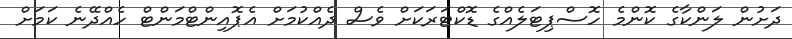
ދަށުން ލަންކާގެ ކޮންމެ ހޮސްޕިޓަލެއްގެ ޑޮކްޓަރަކަށް ވެސް ދެއްކުމަށް އެޕޮއިންޓްމަންޓް ހެއްދޭނެ ކަމަށް